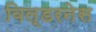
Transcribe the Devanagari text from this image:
विल्डरनेस